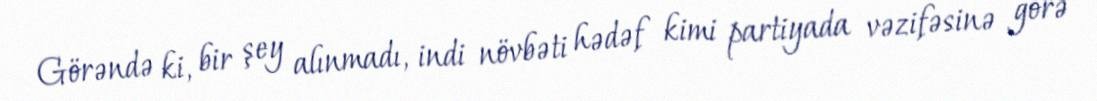
Görəndə ki, bir şey alınmadı, indi növbəti hədəf kimi partiyada vəzifəsinə görə